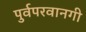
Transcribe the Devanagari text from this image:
पुर्वपरवानगी